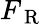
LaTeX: F_{\mathrm{~R~}}